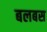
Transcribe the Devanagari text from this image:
बलबस